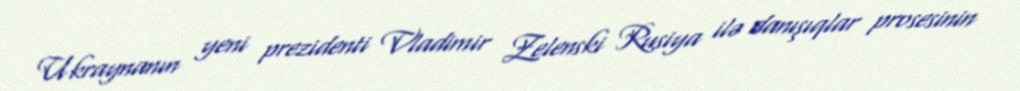
Ukraynanın yeni prezidenti Vladimir Zelenski Rusiya ilə danışıqlar prosesinin